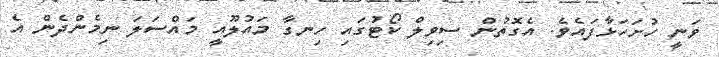
ވަނީ ހުށަހަޅާފައެވެ. އެގޮތުން ސިވިލް ކޯޓުގައި ހިނގާ މައުލޫއީ މައްސަލަ ނިމެންދެން އެ